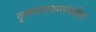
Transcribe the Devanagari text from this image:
वृत्तवलयासंबंधीत